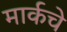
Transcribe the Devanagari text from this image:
मार्कचे